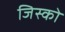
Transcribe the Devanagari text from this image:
जिस्को